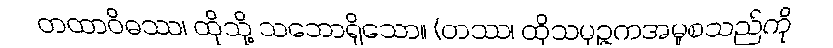
တထာဝိဓဿ၊ ထိုသို့ သဘောရှိသော။ (တဿ၊ ထိုသမုဉ္ဇကအမှုစသည်ကို